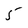
Character: 5